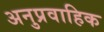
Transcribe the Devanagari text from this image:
अनुप्रवाहिक